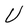
Character: U